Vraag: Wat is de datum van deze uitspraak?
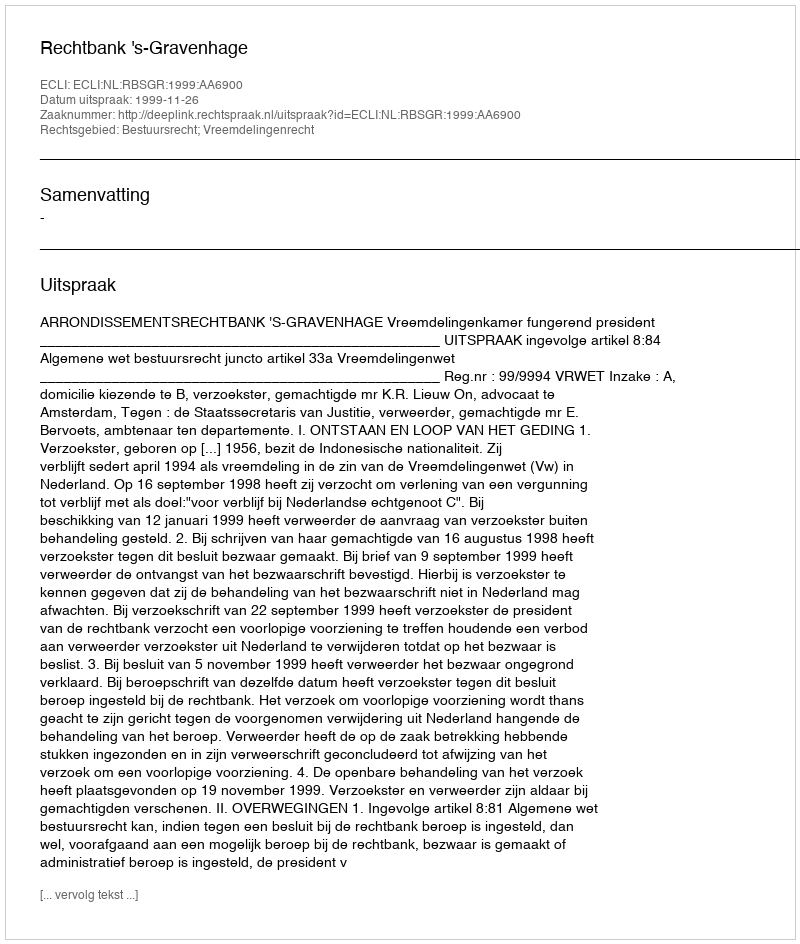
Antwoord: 1999-11-26